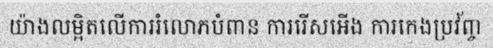
យ៉ាងលម្អិតលើការរំលោភបំពាន ការរើសអើង ការកេងប្រវ័ញ្ច